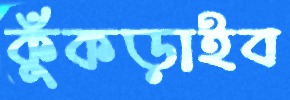
কুঁকড়াইব